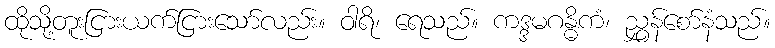
ထိုသို့တူးငြားယက်ငြားသော်လည်း။ ဝါရိ၊ ရေသည်။ ကဒ္ဒမဂန္ဓိကံ၊ ညွှန်စော်နံသည်။